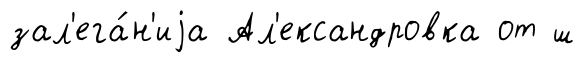
зал'ега́н'иjа Ал'ександровка от ш